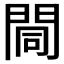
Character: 𨴏